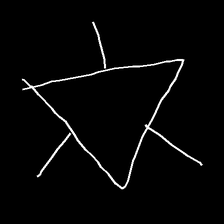
Glyph: fire